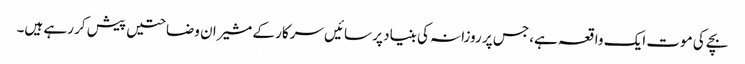
بچے کی موت ایک واقعہ ہے، جس پر روزانہ کی بنیاد پر سائیں سرکار کے مشیران وضاحتیں پیش کر رہے ہیں۔